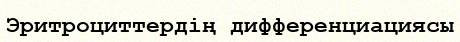
Эритроциттердің дифференциациясы